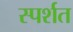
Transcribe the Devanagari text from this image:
स्पर्शत